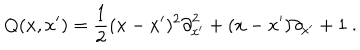
Q ( x , x ^ { \prime } ) = \frac { 1 } { 2 } ( x - x ^ { \prime } ) ^ { 2 } { \partial } _ { x ^ { \prime } } ^ { 2 } + ( x - x ^ { \prime } ) { \partial } _ { x ^ { \prime } } + 1 \ .